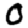
Digit: 0